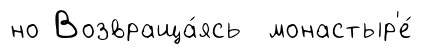
но Возвраща́ясь монастыр'е́